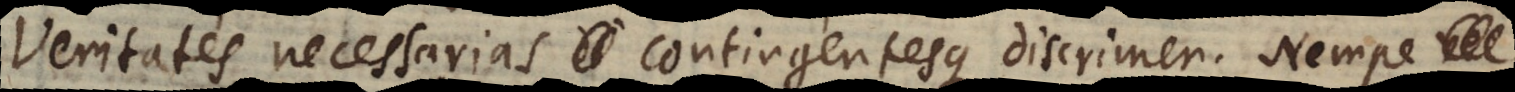
Veritates necessarias contingentesque discrimen. Nempe